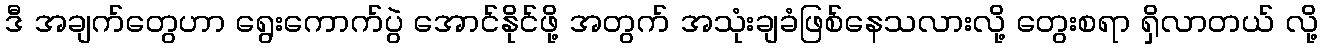
ဒီ အချက်တွေဟာ ရွေးကောက်ပွဲ အောင်နိုင်ဖို့ အတွက် အသုံးချခံဖြစ်နေသလားလို့ တွေးစရာ ရှိလာတယ် လို့